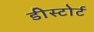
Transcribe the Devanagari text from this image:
डीस्टोर्ट